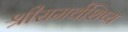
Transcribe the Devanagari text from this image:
श्रीसमर्थशिष्य